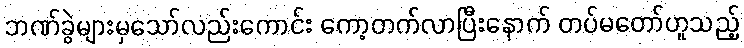
ဘဏ်ခွဲများမှသော်လည်းကောင်း ကော့တက်လာပြီးနောက် တပ်မတော်ဟူသည့်